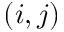
( i , j )